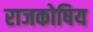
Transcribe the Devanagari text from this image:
राजकोषिय